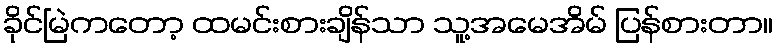
ခိုင်မြဲကတော့ ထမင်းစားချိန်သာ သူ့အမေအိမ် ပြန်စားတာ။